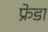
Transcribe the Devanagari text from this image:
फ्रेडा